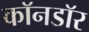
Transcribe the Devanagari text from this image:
काॅनडाॅर